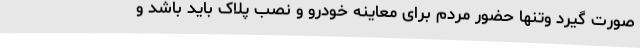
صورت گیرد وتنها حضور مردم برای معاینه خودرو و نصب پلاک باید باشد و